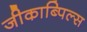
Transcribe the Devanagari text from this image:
जीकाब्पिल्स